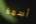
أسمة